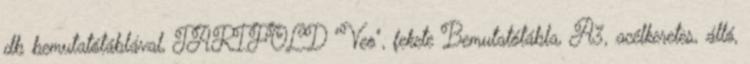
db bemutatótáblával, TARIFOLD "Veo", fekete Bemutatótábla, A3, acélkeretes, álló,